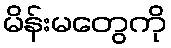
မိန်းမတွေကို